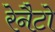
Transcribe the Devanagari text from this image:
रेनैटो